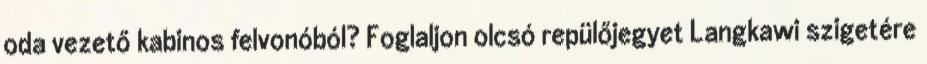
oda vezető kabinos felvonóból? Foglaljon olcsó repülőjegyet Langkawi szigetére